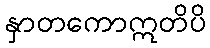
နှာတကောဣတိပိ